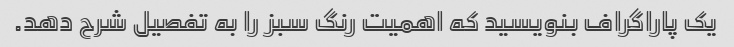
یک پاراگراف بنویسید که اهمیت رنگ سبز را به تفصیل شرح دهد.